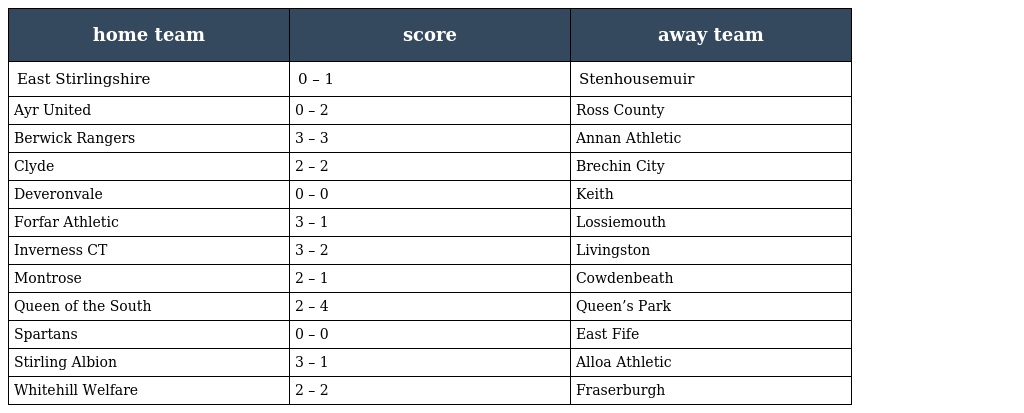
| home team | score | away team |
 | --- | --- | --- |
 | East Stirlingshire | 0 – 1 | Stenhousemuir |
 | Ayr United | 0 – 2 | Ross County |
 | Berwick Rangers | 3 – 3 | Annan Athletic |
 | Clyde | 2 – 2 | Brechin City |
 | Deveronvale | 0 – 0 | Keith |
 | Forfar Athletic | 3 – 1 | Lossiemouth |
 | Inverness CT | 3 – 2 | Livingston |
 | Montrose | 2 – 1 | Cowdenbeath |
 | Queen of the South | 2 – 4 | Queen’s Park |
 | Spartans | 0 – 0 | East Fife |
 | Stirling Albion | 3 – 1 | Alloa Athletic |
 | Whitehill Welfare | 2 – 2 | Fraserburgh |